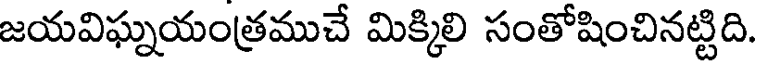
జయవిఘ్నయంత్రముచే మిక్కిలి సంతోషించినట్టిది.